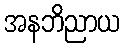
အနဘိညာယ